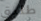
طليق